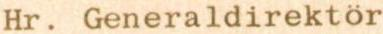
Hr. Generaldirektör